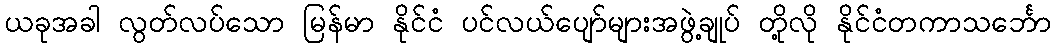
ယခုအခါ လွတ်လပ်သော မြန်မာ နိုင်ငံ ပင်လယ်ပျော်များအဖွဲ့ချုပ် တို့လို နိုင်ငံတကာသင်္ဘော